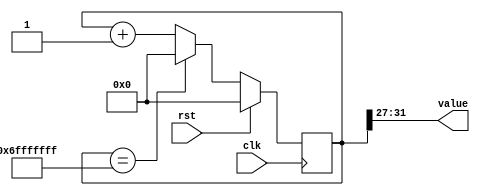
/*
   This file was generated automatically by Alchitry Labs version 1.2.7.
   Do not edit this file directly. Instead edit the original Lucid source.
   This is a temporary file and any changes made to it will be destroyed.
*/

/*
   Parameters:
     SIZE = SIZE
     DIV = DIV
     TOP = NUM_CASES
     UP = 1
*/
module counter_27 (
    input clk,
    input rst,
    output reg [4:0] value
  );
  
  localparam SIZE = 3'h5;
  localparam DIV = 5'h1b;
  localparam TOP = 4'hd;
  localparam UP = 1'h1;
  
  
  reg [31:0] M_ctr_d, M_ctr_q = 1'h0;
  
  localparam MAX_VALUE = 31'h6fffffff;
  
  always @* begin
    M_ctr_d = M_ctr_q;
    
    value = M_ctr_q[27+4-:5];
    if (1'h1) begin
      M_ctr_d = M_ctr_q + 1'h1;
      if (1'h1 && M_ctr_q == 31'h6fffffff) begin
        M_ctr_d = 1'h0;
      end
    end else begin
      M_ctr_d = M_ctr_q - 1'h1;
      if (1'h1 && M_ctr_q == 1'h0) begin
        M_ctr_d = 31'h6fffffff;
      end
    end
  end
  
  always @(posedge clk) begin
    if (rst == 1'b1) begin
      M_ctr_q <= 1'h0;
    end else begin
      M_ctr_q <= M_ctr_d;
    end
  end
  
endmodule